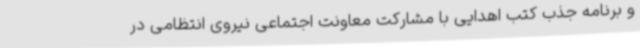
و برنامه جذب کتب اهدایی با مشارکت معاونت اجتماعی نیروی انتظامی در